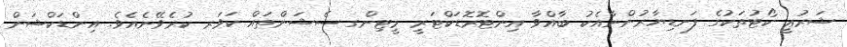
ޝަރުޢީ ކޯޓުތަކުގެ ފަނޑިޔާރުންނާއެކު ބާއްވާ އިންޓޮރޮޑަކްޓަރީ މީޓިންގ ސެޝަންތައް ކަވަރ ކުރެވޭނެއެވެ. އިންޑަކްޝަން